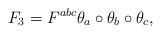
LaTeX: \begin{gather*}F_3=F^{abc}\theta_a\circ\theta_b\circ\theta_c,\end{gather*}